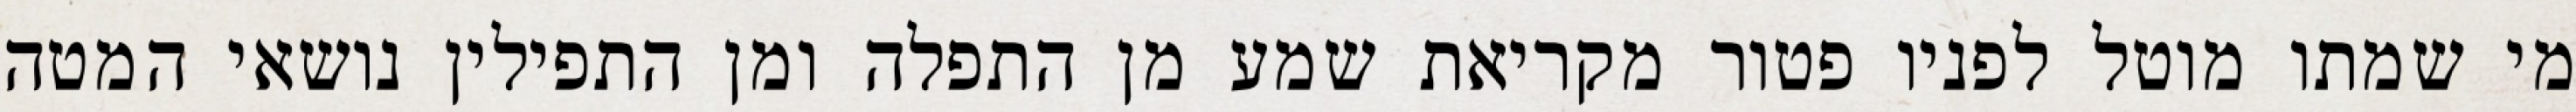
מי שמתו מוטל לפניו פטור מקריאת שמע מן התפלה ומן התפילין נושאי המטה